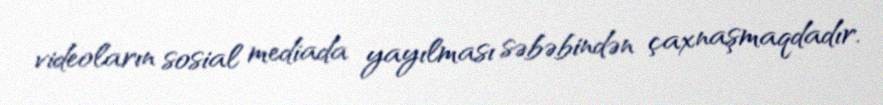
videoların sosial mediada yayılması səbəbindən çaxnaşmaqdadır.